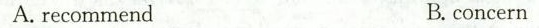
A. recommend B. concern